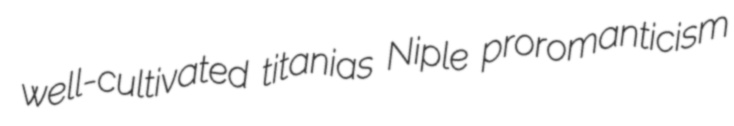
well-cultivated titanias Niple proromanticism